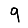
Digit: 9